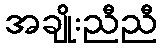
အချိုးညီညီ